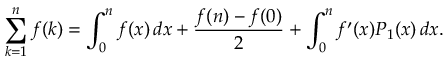
\sum _ { k = 1 } ^ { n } f ( k ) = \int _ { 0 } ^ { n } f ( x ) \, d x + { \frac { f ( n ) - f ( 0 ) } { 2 } } + \int _ { 0 } ^ { n } f ^ { \prime } ( x ) P _ { 1 } ( x ) \, d x .